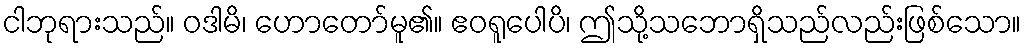
ငါဘုရားသည်။ ဝဒါမိ၊ ဟောတော်မူ၏။ ဧဝရူပေါပိ၊ ဤသို့သဘောရှိသည်လည်းဖြစ်သော။